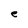
Character: e